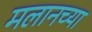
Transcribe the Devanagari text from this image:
मलानच्या